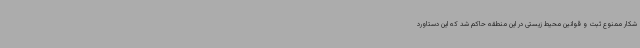
شکار ممنوع ثبت و قوانین محیط زیستی در این منطقه حاکم شد که این دستاورد